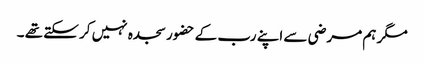
مگر ہم مرضی سے اپنے رب کے حضور سجدہ نہیں کر سکتے تھے ۔